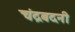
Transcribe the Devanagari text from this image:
चंद्रबदनी